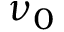
\nu _ { 0 }